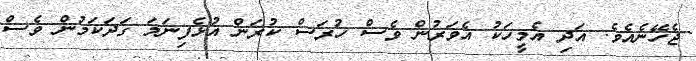
ޖެހޭނެއެވެ. އަދި އެމީހަކު އެވަރުން ވެސް ހުރަސް ކުރަން އުޅެފިނަމަ ގަދަކަމުން ވެސް